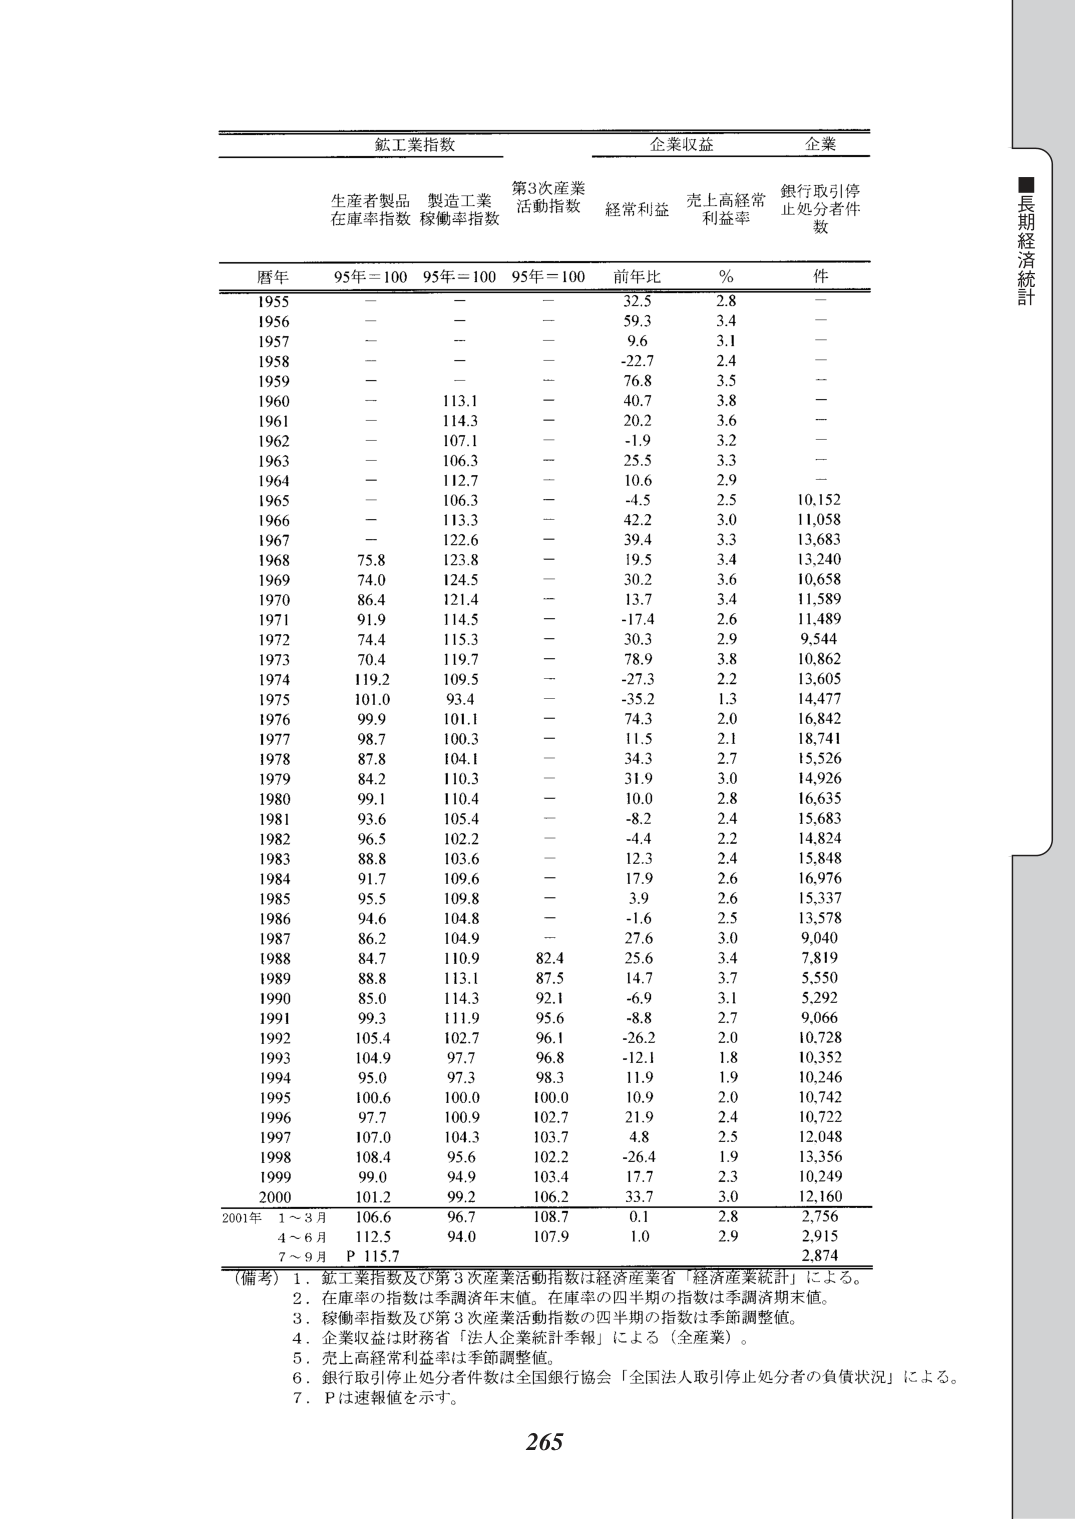
■長期経済統計

鉱工業指数　　　　　　　　　　　　　企業収益　　　　　　　　　企業
　　　　　　　　　　　　　　　　　　第3次産業　　　　　　　　銀行取引停
生産者製品　製造工業　　　　　　　　活動指数　　　　　　　　止処分者件
在庫率指数　稼働率指数　　　　　　　経常利益　売上高経常　　数
　　　　　　　　　　　　　　　　　　　　　　　利益率

暦年　　95年＝100　95年＝100　95年＝100　前年比　％　　件

1955　　－　　　　－　　　　－　　　　32.5　　2.8　　－
1956　　－　　　　－　　　　－　　　　59.3　　3.4　　－
1957　　－　　　　－　　　　－　　　　9.6　　　3.1　　－
1958　　－　　　　－　　　　－　　　　-22.7　　2.4　　－
1959　　－　　　　－　　　　－　　　　76.8　　3.5　　－
1960　　－　　　　113.1　　－　　　　40.7　　3.8　　－
1961　　－　　　　114.3　　－　　　　20.2　　3.6　　－
1962　　－　　　　107.1　　－　　　　-1.9　　3.2　　－
1963　　－　　　　106.3　　－　　　　25.5　　3.3　　－
1964　　－　　　　112.7　　－　　　　10.6　　2.9　　－
1965　　－　　　　106.3　　－　　　　-4.5　　2.5　　10,152
1966　　－　　　　113.3　　－　　　　42.2　　3.0　　11,058
1967　　－　　　　122.6　　－　　　　39.4　　3.3　　13,683
1968　　75.8　　123.8　　－　　　　19.5　　3.4　　13,240
1969　　74.0　　124.5　　－　　　　30.2　　3.6　　10,658
1970　　86.4　　121.4　　－　　　　13.7　　3.4　　11,589
1971　　91.9　　114.5　　－　　　　-17.4　　2.6　　11,489
1972　　74.4　　115.3　　－　　　　30.3　　2.9　　9,544
1973　　70.4　　119.7　　－　　　　78.9　　3.8　　10,862
1974　　119.2　　109.5　　－　　　　-27.3　　2.2　　13,605
1975　　101.0　　93.4　　－　　　　-35.2　　1.3　　14,477
1976　　99.9　　101.1　　－　　　　74.3　　2.0　　16,842
1977　　98.7　　100.3　　－　　　　11.5　　2.1　　18,741
1978　　87.8　　104.1　　－　　　　34.3　　2.7　　15,526
1979　　84.2　　110.3　　－　　　　31.9　　3.0　　14,926
1980　　99.1　　110.4　　－　　　　10.0　　2.8　　16,635
1981　　93.6　　105.4　　－　　　　-8.2　　2.4　　15,683
1982　　96.5　　102.2　　－　　　　-4.4　　2.2　　14,824
1983　　88.8　　103.6　　－　　　　12.3　　2.4　　15,848
1984　　91.7　　109.6　　－　　　　17.9　　2.6　　16,976
1985　　95.5　　109.8　　－　　　　3.9　　2.6　　15,337
1986　　94.6　　104.8　　－　　　　-1.6　　2.5　　13,578
1987　　86.2　　104.9　　－　　　　27.6　　3.0　　9,040
1988　　84.7　　110.9　　82.4　　25.6　　3.4　　7,819
1989　　88.8　　113.1　　87.5　　14.7　　3.7　　5,550
1990　　85.0　　114.3　　92.1　　-6.9　　3.1　　5,292
1991　　99.3　　111.9　　95.6　　-8.8　　2.7　　9,066
1992　　105.4　　102.7　　96.1　　-26.2　　2.0　　10,728
1993　　104.9　　97.7　　96.8　　-12.1　　1.8　　10,352
1994　　95.0　　97.3　　98.3　　11.9　　1.9　　10,246
1995　　100.6　　100.0　　100.0　　10.9　　2.0　　10,742
1996　　97.7　　100.9　　102.7　　21.9　　2.4　　10,722
1997　　107.0　　104.3　　103.7　　4.8　　2.5　　12,048
1998　　108.4　　95.6　　102.2　　-26.4　　1.9　　13,356
1999　　99.0　　94.9　　103.4　　17.7　　2.3　　10,249
2000　　101.2　　99.2　　106.2　　33.7　　3.0　　12,160
2001年　1～3月　106.6　　96.7　　108.7　　0.1　　2.8　　2,756
　　　　4～6月　112.5　　94.0　　107.9　　1.0　　2.9　　2,915
　　　　7～9月　P 115.7　　　　　　　　　　　　　　　　2,874

（備考）1．鉱工業指数及び第3次産業活動指数は経済産業省「経済産業統計」による。
　　　　2．在庫率の指数は季調済年末値。在庫率の四半期の指数は季調済期末値。
　　　　3．稼働率指数及び第3次産業活動指数の四半期の指数は季節調整値。
　　　　4．企業収益は財務省「法人企業統計季報」による（全産業）。
　　　　5．売上高経常利益率は季節調整値。
　　　　6．銀行取引停止処分者件数は全国銀行協会「全国法人取引停止処分者の負債状況」による。
　　　　7．Pは速報値を示す。

265